Vaccination in Bombay 1902-1912 - 1902-1912
Year: 1902
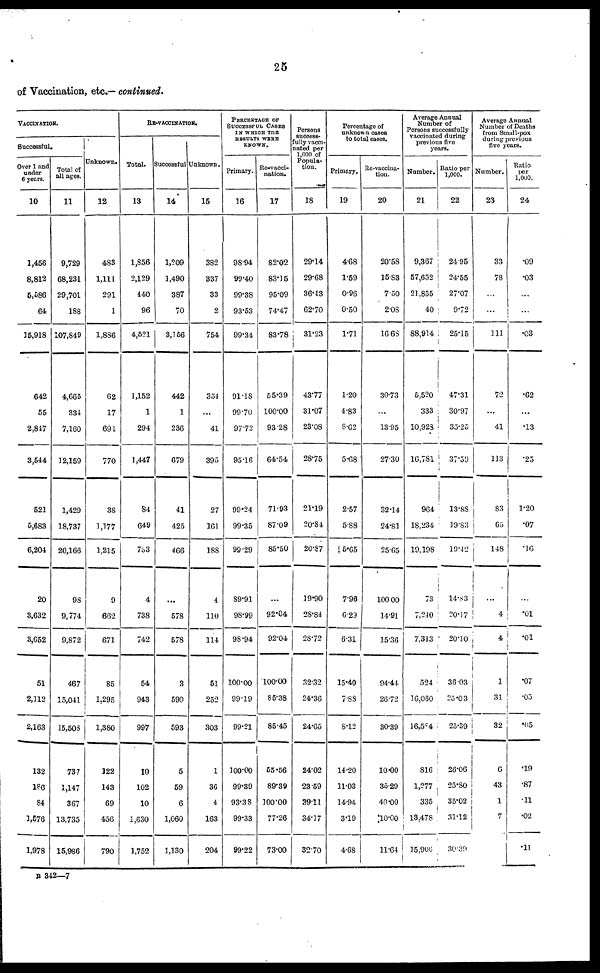
25
of Vaccination, etc.— continued.
VACCINATION.
Successful.
Over 1 and
under
6 years.
10
1,456
8,812
5,586
64
15,918
642
56
2,847
3,544
521
5,683
6,204
20
3,632
3,652
51
2,112
2,163
132
186
84
3,576
1,978
Total of
all ages.
11
9,729
68,231
29,701
188
107,849
4,665
334
7,160
12,159
1,429
18,737
20,166
98
9,774
9,872
467
15,041
15,508
737
1,147
367
13,735
15,986
Unknown.
12
483
1,111
291
1
1,886
62
17
691
770
38
1,177
1,215
9
662
671
85
1,295
1,380
122
143
69
456
790
RE-VACCINATION.
Total.
13
1,856
2,129
440
96
4,521
1,152
1
294
1,447
84
649
733
4
738
742
54
943
997
10
102
10
1,630
1,752
Successful
14
1,209
1,490
387
70
3,156
442
1
236
679
41
425
466
...
578
578
3
590
593
5
59
6
1,060
1,130
Unknown.
15
382
337
33
2
754
354
...
41
395
27
161
188
4
110
114
51
252
303
1
36
4
163
204
PERCENTAGE OF
SUCCESSFUL CASES
IN WHICH THE
RESULTS WERE
KNOWN.
Primary.
16
98.94
99.40
99.38
93.53
99.34
91.18
99.70
97.72
95.16
99.24
99.35
99.29
89.91
98.99
98.94
100.00
99.19
99.21
100.00
99.39
93.38
99.33
99.22
Re-vacci-
nation.
17
82.02
83.15
95.09
74.47
83.78
55.39
100.00
93.28
64.54
71.93
87.09
85.50
...
92.04
92.04
100.00
85.38
85.45
55.56
89.39
100.00
77.26
73.00
Persons
success-
fully vacci-
nated per
1,000 of
Popula-
tion.
18
29.14
29.68
36.43
62.70
31.23
43.77
31.07
23.08
28.75
21.19
20.84
20.87
19.90
28.84
28.72
32.32
24.36
24.65
24.02
23.59
39.11
34.17
32.70
Percentage of
unknown cases
to total cases.
Primary.
19
4.68
1.59
0.96
0.50
1.71
1.20
4.83
8.62
5.68
2.57
5.88
5.65
7.96
6.29
6.31
15.40
7.88
8.12
14.20
11.03
14.94
3.19
4.68
Re-vaccina-
tion.
20
20.58
15.83
7.50
2.08
16.68
30.73
...
13.95
27.30
32.14
24.81
25.65
100.00
14.91
15.36
94.44
26.72
30.39
10.00
35.29
40.00
10.00
11.64
Average Annual
Number of
Persons successfully
vaccinated during
previous five
years.
Number.
21
9,367
57,652
21,855
40
88,914
5,520
333
10,923
16,781
964
18,234
19,198
73
7,240
7,313
524
16,060
16,504
816
1,277
335
13,478
15,906
Ratio per
1,000.
22
24.95
24.55
27.07
9.72
25.15
47.31
30.97
35.25
37.59
13.88
19.83
19.42
14.83
20.17
20.10
36.03
25.03
25.39
26.06
25.80
35.02
31.12
30.39
Average Annual
Number of Deaths
from Small-pox
during previous
five years.
Number.
23
33
78
...
...
111
72
...
41
113
83
65
148
...
4
4
1
31
32
6
43
1
7
Ratio
per
1,000.
24
.09
.03
...
...
.03
.62
...
.13
.25
1.20
.07
.16
...
.01
.01
.07
.05
.05
.19
.87
.11
.02
.11
B 342—7